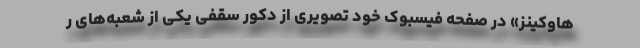
هاوکینز» در صفحه فیسبوک خود تصویری از دکور سقفی یکی از شعبه‌های ر